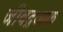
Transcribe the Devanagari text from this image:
जीवद्रव्यक